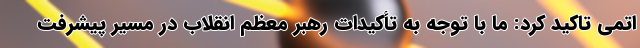
اتمی تاکید کرد: ما با توجه به تأکیدات رهبر معظم انقلاب در مسیر پیشرفت